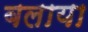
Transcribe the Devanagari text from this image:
बलाया